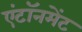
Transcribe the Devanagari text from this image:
एंटॉनमेंट